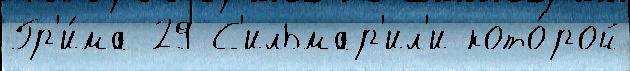
Гр'и́ма 29 С'ильмар'ил'и кото́рой